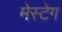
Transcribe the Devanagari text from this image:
मेस्टेग